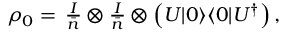
\begin{array} { r } { \rho _ { 0 } = \, \frac { I } { \bar { n } } \otimes \frac { I } { \bar { n } } \otimes \left( U | 0 \rangle \langle 0 | U ^ { \dag } \right) , } \end{array}